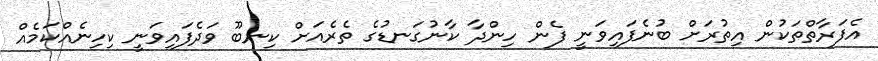
އެފަރާތްތަކުން އިތުރަށް ބުނެފައިވަނީ ފެން ހިންދާ ކާނުގަނޑުގެ ތެރެއަށް ކިނބޫ ވަދެފައިވަނީ ކިހިނެއްކަމެއް